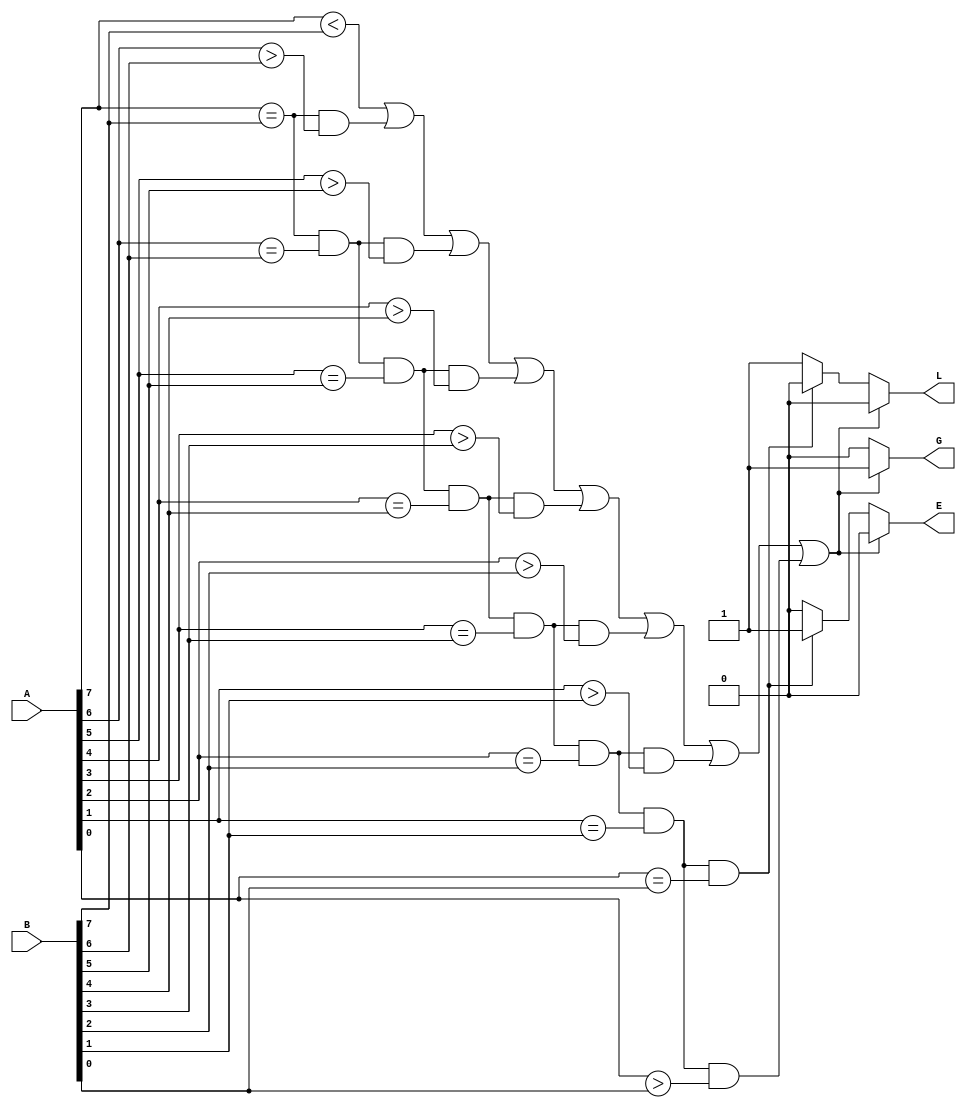
module comp_beh(A,B,E,G,L);
input [7:0] A , B;
output reg E,G,L;
always @(*)
if ((A[7]<B[7])|((A[7]==B[7])&(A[6]>B[6]))|((A[7]==B[7])&(A[6]==B[6])&(A[5]>B[5]))|((A[7]==B[7])&(A[6]==B[6])&(A[5]==B[5])&(A[4]>B[4]))|((A[7]==B[7])&(A[6]==B[6])&(A[5]==B[5])&(A[4]==B[4])&(A[3]>B[3]))|((A[7]==B[7])&(A[6]==B[6])&(A[5]==B[5])&(A[4]==B[4])&(A[3]==B[3])&(A[2]>B[2]))|((A[7]==B[7])&(A[6]==B[6])&(A[5]==B[5])&(A[4]==B[4])&(A[3]==B[3])&(A[2]==B[2])&(A[1]>B[1]))|((A[7]==B[7])&(A[6]==B[6])&(A[5]==B[5])&(A[4]==B[4])&(A[3]==B[3])&(A[2]==B[2])&(A[1]==B[1])&(A[0]>B[0])))
begin
G=1;
L=0;
E=0;
end
else if((A[7]==B[7])&(A[6]==B[6])&(A[5]==B[5])&(A[4]==B[4])&(A[3]==B[3])&(A[2]==B[2])&(A[1]==B[1])&(A[0]==B[0]))
begin
G=0;
L=0;
E=1;
end
else
begin
G=0;
L=1;
E=0;
end

endmodule